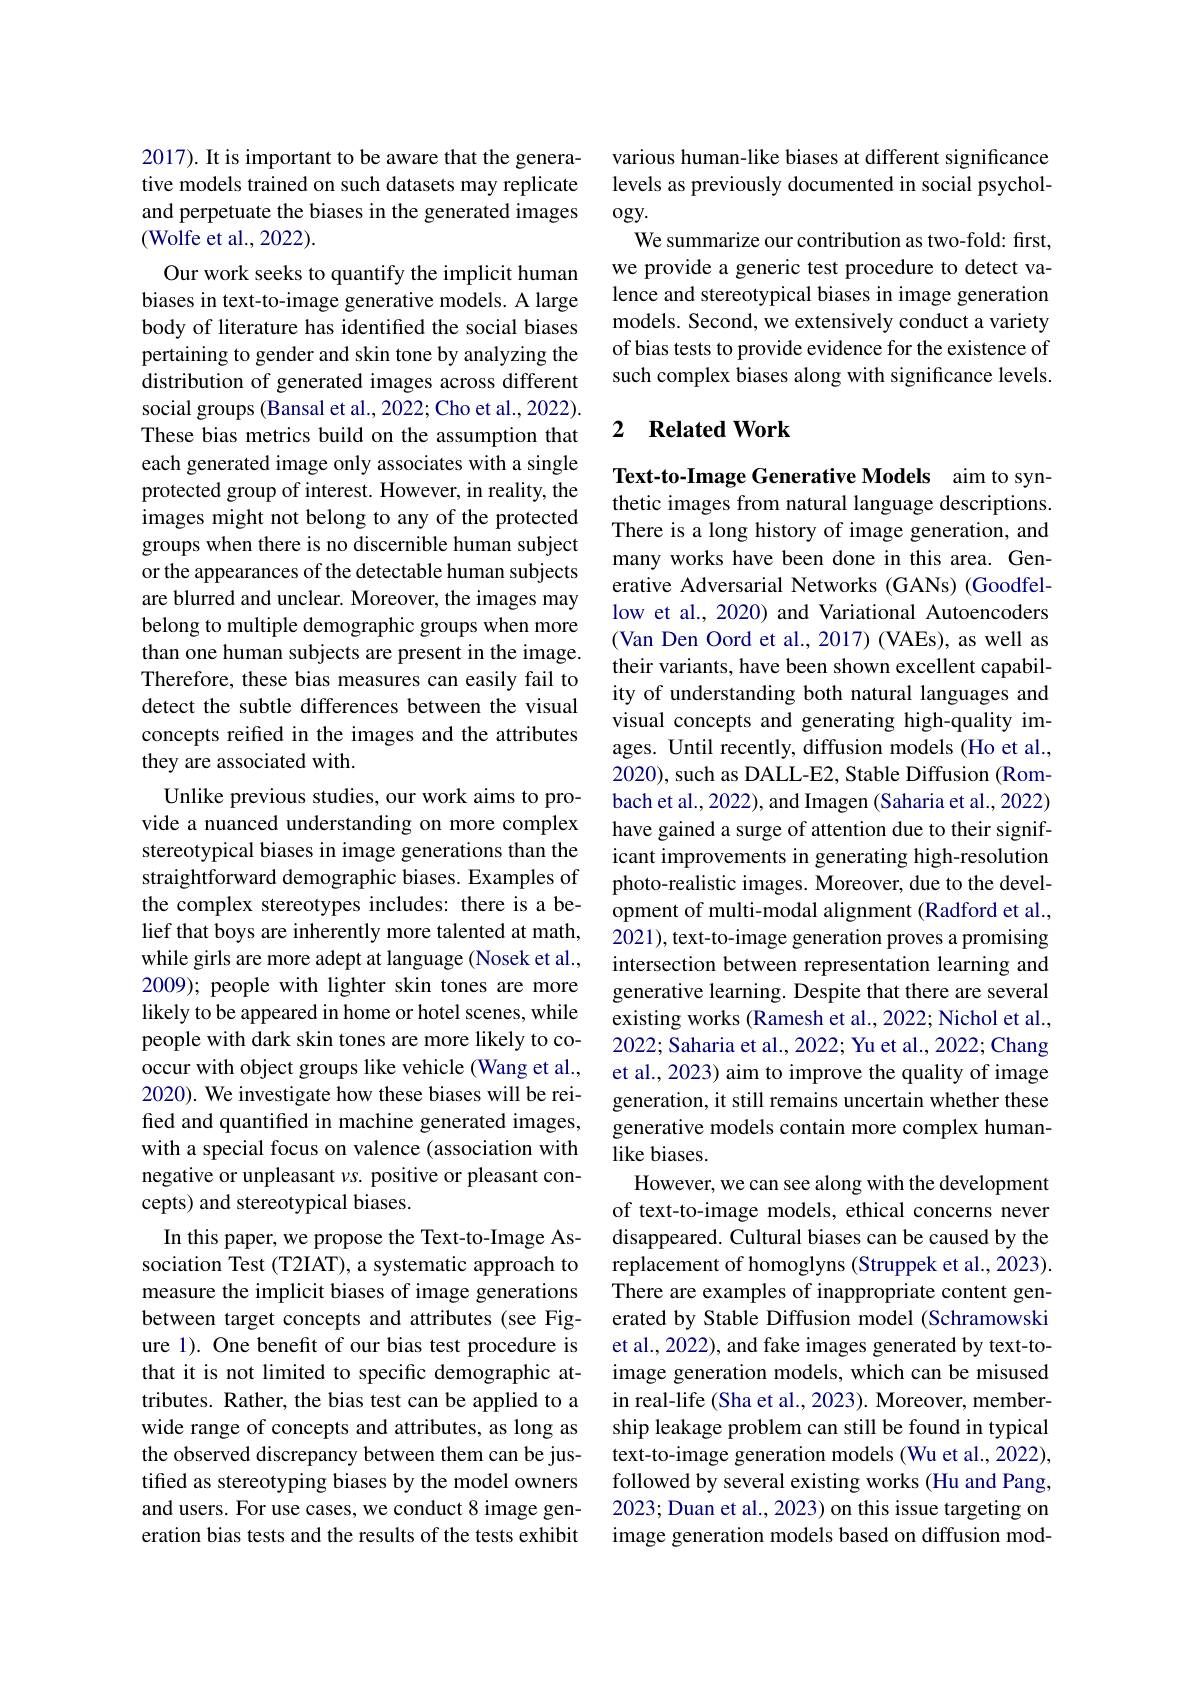
2017). It is important to be aware that the generative models trained on such datasets may replicate and perpetuate the biases in the generated images (Wolfe et al., 2022).

Our work seeks to quantify the implicit human biases in text-to-image generative models. A large body of literature has identified the social biases pertaining to gender and skin tone by analyzing the distribution of generated images across different social groups (Bansal et al., 2022; Cho et al., 2022). These bias metrics build on the assumption that each generated image only associates with a single protected group of interest. However, in reality, the images might not belong to any of the protected groups when there is no discernible human subject or the appearances of the detectable human subjects are blurred and unclear. Moreover, the images may belong to multiple demographic groups when more than one human subjects are present in the image. Therefore, these bias measures can easily fail to detect the subtle differences between the visual concepts reified in the images and the attributes they are associated with.
Unlike previous studies, our work aims to provide a nuanced understanding on more complex stereotypical biases in image generations than the straightforward demographic biases. Examples of the complex stereotypes includes: there is a belief that boys are inherently more talented at math, while girls are more adept at language (Nosek et al., 2009); people with lighter skin tones are more likely to be appeared in home or hotel scenes, while people with dark skin tones are more likely to cooccur with object groups like vehicle (Wang et al., 2020). We investigate how these biases will be reified and quantified in machine generated images, with a special focus on valence (association with negative or unpleasant $vs.$ positive or pleasant concepts) and stereotypical biases.
In this paper, we propose the Text-to-Image Association Test (T2IAT), a systematic approach to measure the implicit biases of image generations between target concepts and attributes (see Figure 1). One benefit of our bias test procedure is that it is not limited to specific demographic attributes. Rather, the bias test can be applied to a wide range of concepts and attributes, as long as the observed discrepancy between them can be justified as stereotyping biases by the model owners and users. For use cases, we conduct 8 image generation bias tests and the results of the tests exhibit

various human-like biases at different significance levels as previously documented in social psychol- $ogy.$
We summarize our contribution as two-fold: first, we provide a generic test procedure to detect valence and stereotypical biases in image generation models. Second, we extensively conduct a variety of bias tests to provide evidence for the existence of such complex biases along with significance levels.

## 2 $\textbf{Related Work}$

Text-to-Image Generative Models aim to synthetic images from natural language descriptions. There is a long history of image generation, and many works have been done in this area. Generative Adversarial Networks (GANs) (Goodfellow et al., 2020) and Variational Autoencoders (Van Den Oord et al., 2017) (VAEs), as well as their variants, have been shown excellent capability of understanding both natural languages and visual concepts and generating high-quality images. Until recently, diffusion models (Ho et al., 2020), such as DALL-E2, Stable Diffusion (Rombach et al., 2022), and Imagen (Saharia et al., 2022) have gained a surge of attention due to their significant improvements in generating high-resolution photo-realistic images. Moreover, due to the development of multi-modal alignment (Radford et al., 2021), text-to-image generation proves a promising intersection between representation learning and generative learning. Despite that there are several existing works (Ramesh et al., 2022; Nichol et al., 2022; Saharia et al., 2022; Yu et al., 2022; Chang et al., 2023) aim to improve the quality of image generation, it still remains uncertain whether these generative models contain more complex humanlike biases.
However, we can see along with the development of text-to-image models, ethical concerns never disappeared. Cultural biases can be caused by the replacement of homoglyns (Struppek et al., 2023). There are examples of inappropriate content generated by Stable Diffusion model (Schramowski et al., 2022), and fake images generated by text-toimage generation models, which can be misused in real-life (Sha et al., 2023). Moreover, membership leakage problem can still be found in typical text-to-image generation models (Wu et al., 2022), followed by several existing works (Hu and Pang, 2023; Duan et al., 2023) on this issue targeting on image generation models based on diffusion mod-